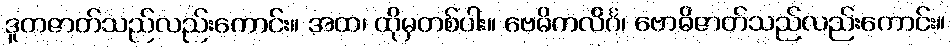
ဒူတဇာတ်သည်လည်းကောင်း။ အထ၊ ထိုမှတစ်ပါး။ ဗေဓိကလိင်္ဂ၊ ဗောဓိဇာတ်သည်လည်းကောင်း။